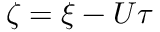
\zeta = \xi - U \tau